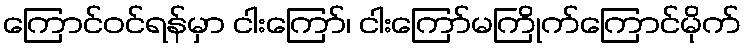
ကြောင်ဝင်ရန်မှာ ငါးကြော်၊ ငါးကြော်မကြိုက်ကြောင်မိုက်